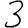
Digit: 3